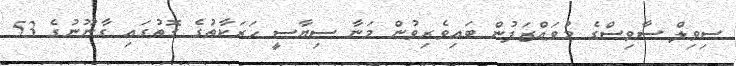
ސިވިލް ސާވިސްގެ މުވައްޒަފުން ބައިވެރިވުން މަނާ ސިޔާސީ ހަރަކާތުގެ ގޮތުގައި ގާނޫނުގެ 53